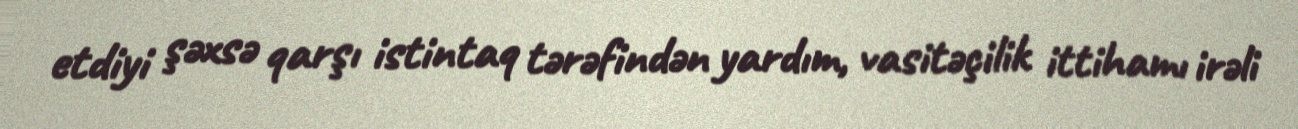
etdiyi şəxsə qarşı istintaq tərəfindən yardım, vasitəçilik ittihamı irəli